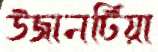
উজানটিয়া